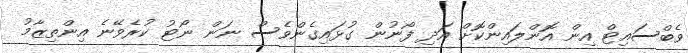
ވެބްސައިޓް އިން އޮންލައިންކޮށް އަދި ފޯނުން ގުޅައިގެންވެސް ނަން ނޯޓު ކުރެވޭނެ އިންތިޒާމު